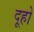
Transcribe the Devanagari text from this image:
दूहो